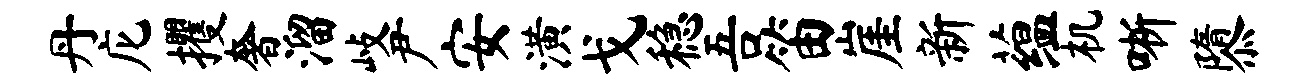
丹庀攫奢溜歧尹安潢戈稳吾笛崖新蕴机晰隳